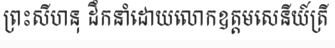
ព្រះសីហនុ ដឹកនាំដោយលោកឧត្តមសេនីយ៍ត្រី